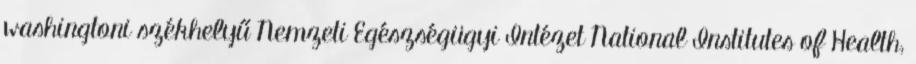
washingtoni székhelyű Nemzeti Egészségügyi Intézet National Institutes of Health,